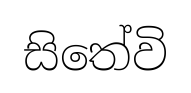
සිතේවි